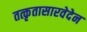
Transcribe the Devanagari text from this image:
तत्कृतासारवेदेन